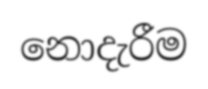
නොදැරීම